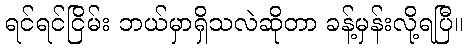
ရင်ရင်ငြိမ်း ဘယ်မှာရှိသလဲဆိုတာ ခန့်မှန်းလို့ရပြီ။